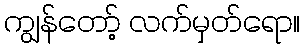
ကျွန်တော့် လက်မှတ်ရော။